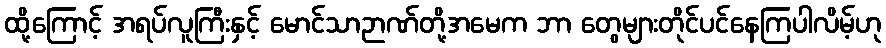
ထို့ကြောင့် အရပ်လူကြီးနှင့် မောင်သာဉာဏ်တို့အမေက ဘာ တွေများတိုင်ပင်နေကြပါလိမ့်ဟု